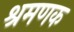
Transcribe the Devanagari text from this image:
श्रमणक